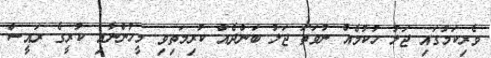
ވެރިކަމުގައި ޖަލު ހުކުމެއް ނުވަތަ ޖަލު ބަންދެއް ކުރިމަތިވި މީހުންނާއި ކުރީގެ ރައީސް